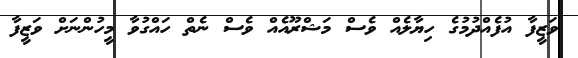
ވަޒީފާ އުފެއްދުމުގެ ހިޔާލެއް ވެސް މަޝްރޫއެއް ވެސް ނެތް ހައްގުވާ މީހުންނަށް ވަޒީފާ